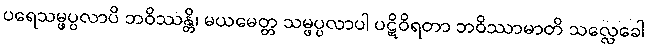
ပရေသမ္ဖပ္ပလာပိ ဘဝိဿန္တိ၊ မယမေတ္တ သမ္ဖပ္ပလာပါ ပဋိဝိရတာ ဘဝိဿာမာတိ သလ္လေခေါ